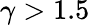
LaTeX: \gamma>1.5